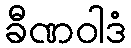
ခီဏဝါဒံ